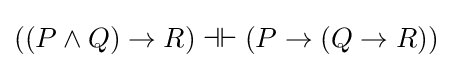
((P\land Q)\to R)\dashv \vdash (P\to (Q\to R))